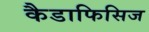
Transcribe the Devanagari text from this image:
कैडाफिसिज